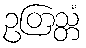
ဥတြသ္တံ